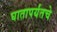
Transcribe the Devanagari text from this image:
घातापर्यंतचे